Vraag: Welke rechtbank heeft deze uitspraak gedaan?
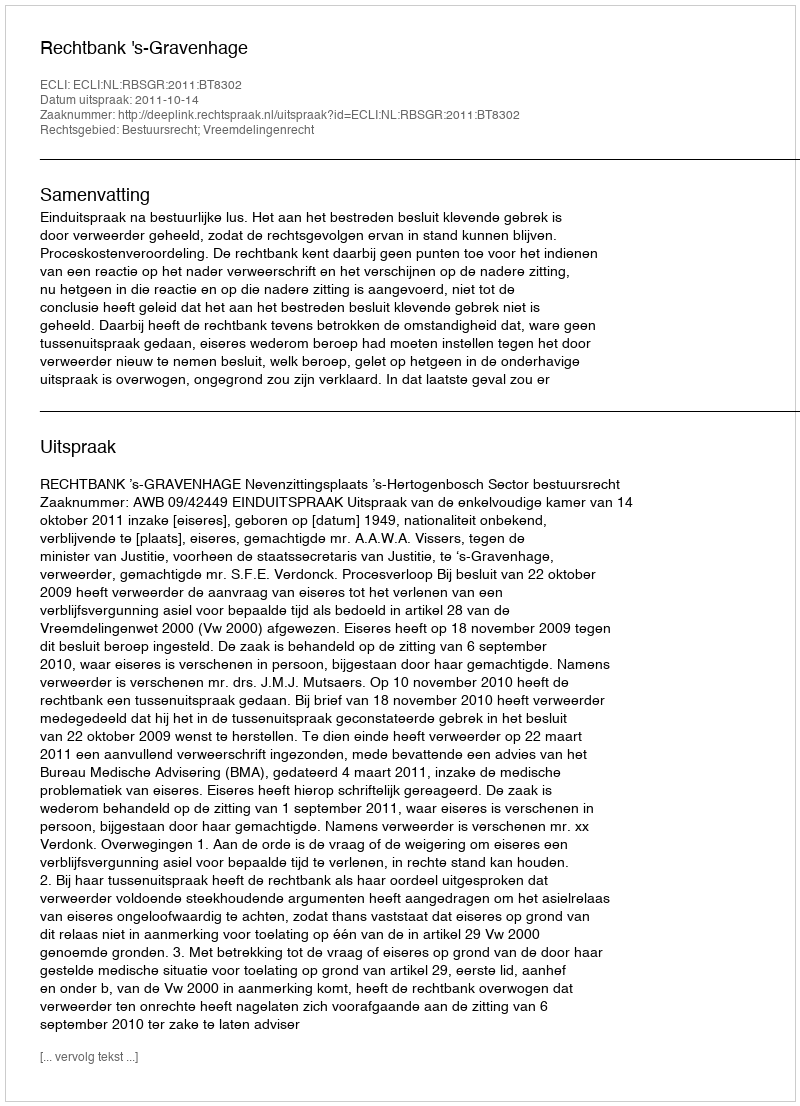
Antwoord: Rechtbank 's-Gravenhage